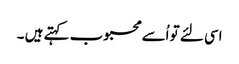
اسی لئے تو اُسے محبوب کہتے ہیں ۔